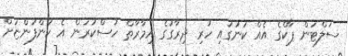
ސަލްޓަން ޕާކްގެ އެއް ކަނުގައި ހުރި ދިރާގުގެ އިމާރާތް ހުސްކުރަން އެ ކުންފުންޏަށް